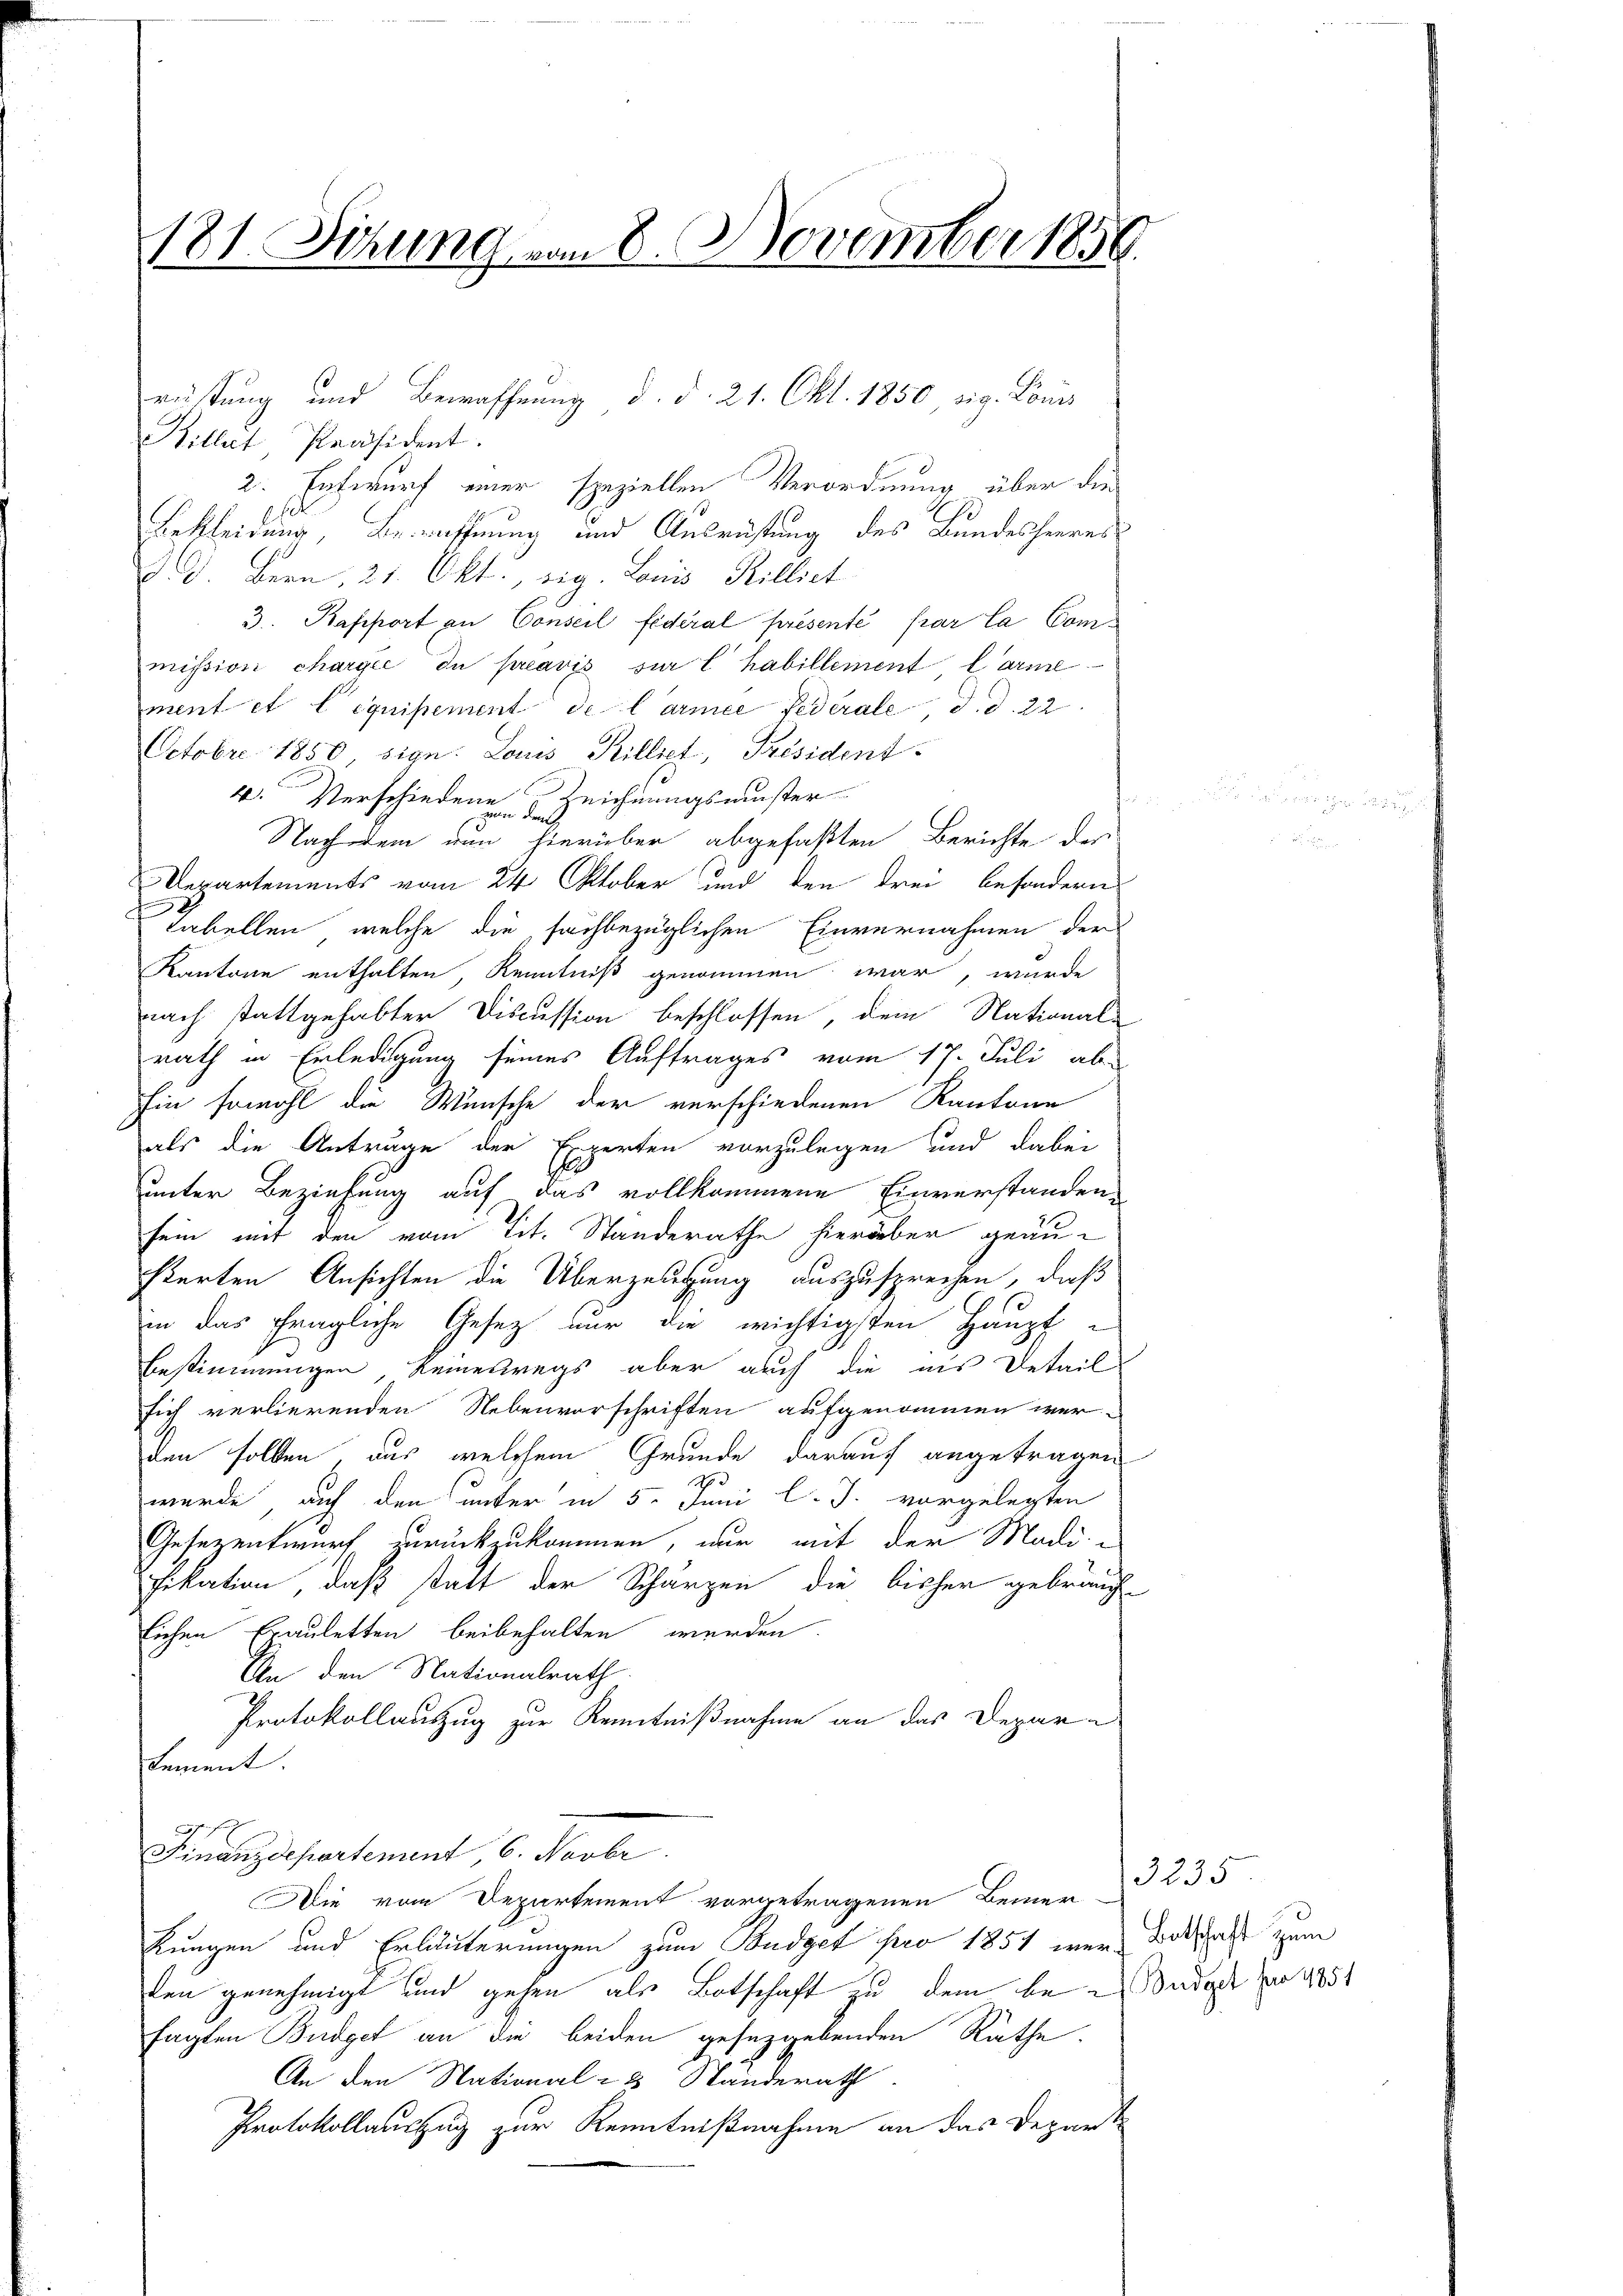
181. Sitzung vom 8. November 1850.

Hillat Präsident.
2. Entwurf einer speziellen Verordnung über die
Bekleidung, Bewaffnung und Ausrüstung des Bundesheeres
d. d. Bern, 21. Okt., sig. Louis Rilliet
3. Rapport an Conseil fédéral présenté par la Commission chargée du préavis sur l’habillement l’arme
ment et lequipement de Carmee Federale, d. d. 22
Octobre 1850, sige: Louis Billet, Président
4. Verschiedene Zeichnungsmuster
t
von den
Nachdem nun hierüber abgefaßten Berichte des
Departements vom 24. Oktober und den drei besondern
Tabellen, welche die sachbezüglichen Einvernahmen der
Kantone enthalten, Kenntniß genommen war, wurde
nach stattgehabter Discussion beschlossen, dem Nationale
rath in Erledigung seines Auftrages vom 17. Juli ab-
Ein sowohl die Wünsche der verschiedenen Kantone
als die Anträge der Experten vorzulegen und dabei
unter Beziehung auf das vollkommene Einverstandensein mit den vom Tit. Standerathe hierüber geäusterten Ansichten die Überzeugung auszusprechen, daß
in das fragliche Gesetz nur die wichtigsten Haupt-
Bestimmungen, keineswegs aber auch die aus Detail
sich verlierenden Nebenvorschriften aufgenommen werden sollten, das welchem Grunde darauf angetragen
d
wurde auf den unter in 5. Juni l. J. vorgelegten
Gesezentwurf zurückzukommen, nur mit der Madi-
fikation, daß statt der Scharzen die bisher gebrauch
lichen Erauletten beibehalten werden.
An den Nationalrath
Protokollauszug zur Kenntnißnahme an das Depar-
Lement.
F
Finanzdepartement, 6. Novbr.
Die vom Departement vorgetragenen Bemer-
kungen und Erläuterungen zum Budget pro 1851 wer Botschaft zum
den genehmigt und gehen als Botschaft zu dem bei Sadast zu 405
sagten Budget an die beiden gesetzgebenden Räthe
An den National = 3 Standerath
Protokollauszug zur Kenntnißnahme an das Depart

rütung und Bewaffnung d. d. 21. Okt. 1850, zig. Louis

3235